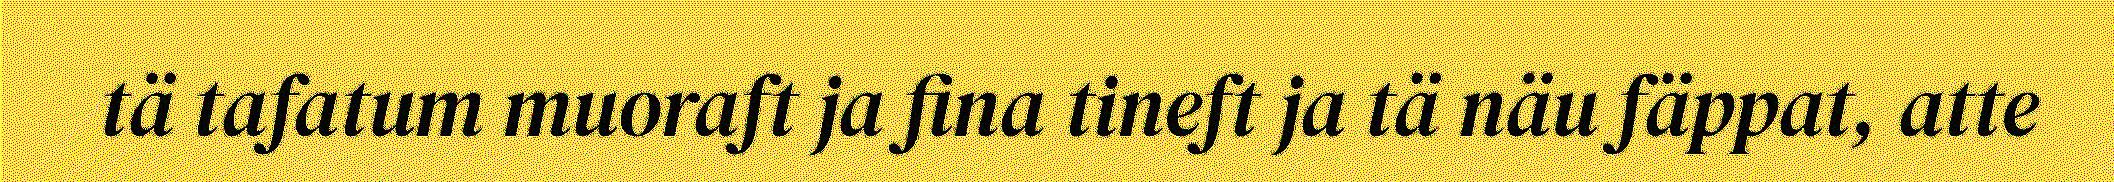
tä tafatum muoraft ja fina tineft ja tä näu fäppat, atte